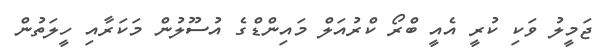
ޖަމީލު ވަކި ކުރީ އެއީ ބްރޯ ކްރުއަލް މައިންޑްގެ އުސޫލުން މަކަރާއި ހީލަތުން